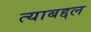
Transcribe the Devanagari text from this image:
त्‍याबद्दल